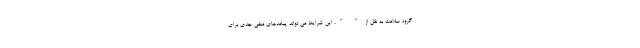
گروه سلامت به نقل از " "، این شرایط می تواند پیامدهای منفی جدی برای